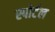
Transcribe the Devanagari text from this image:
स्पोर्टल